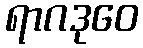
ရာဂဒုဝေ